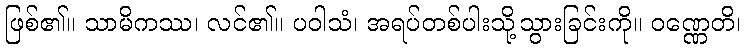
ဖြစ်၏။ သာမိကဿ၊ လင်၏။ ပဝါသံ၊ အရပ်တစ်ပါးသို့သွားခြင်းကို။ ဝဏ္ဏေတိ၊